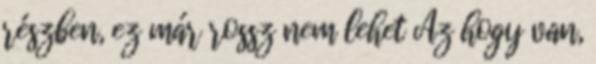
részben, ez már rossz nem lehet Az hogy van,